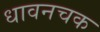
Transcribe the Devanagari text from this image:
धावनचक